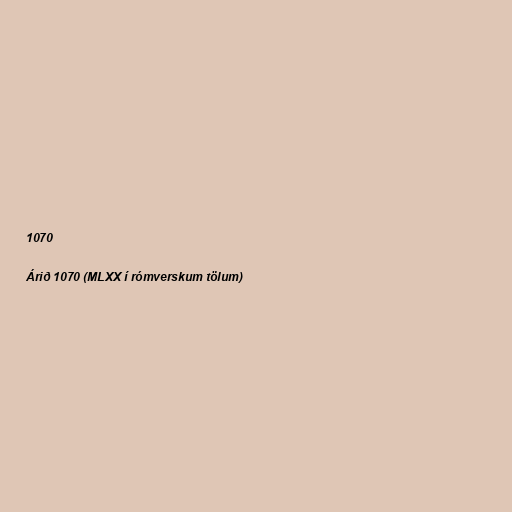
1070

Árið 1070 (MLXX í rómverskum tölum)